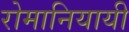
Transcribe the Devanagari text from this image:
रोमानियायी